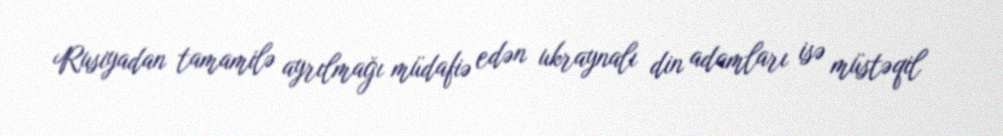
Rusiyadan tamamilə ayrılmağı müdafiə edən ukraynalı din adamları isə müstəqil